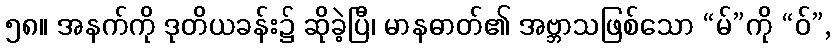
၅၈။ အနက်ကို ဒုတိယခန်း၌ ဆိုခဲ့ပြီ၊ မာနဓာတ်၏ အဗ္ဘာသဖြစ်သော “မ်”ကို “ဝ်”,